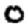
Digit: 0